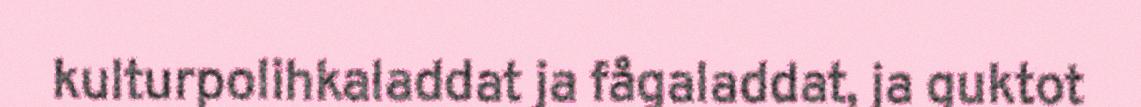
kulturpolihkaladdat ja fågaladdat, ja guktot